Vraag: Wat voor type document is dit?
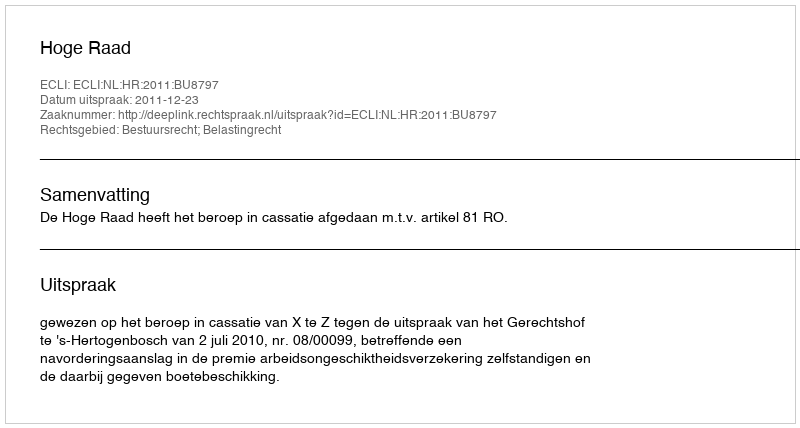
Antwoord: Uitspraak